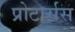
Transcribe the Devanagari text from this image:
प्रोटार्सस